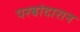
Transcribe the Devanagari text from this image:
परबांदारान